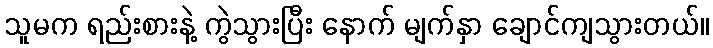
သူမက ရည်းစားနဲ့ ကွဲသွားပြီး နောက် မျက်နှာ ချောင်ကျသွားတယ်။